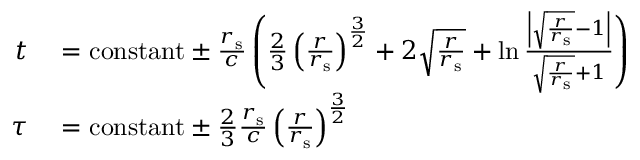
\begin{array} { r l } { t } & { { } = { \mathrm { c o n s t a n t } } \pm { \frac { r _ { \mathrm { { s } } } } { c } } \left( { \frac { 2 } { 3 } } \left( { \frac { r } { r _ { \mathrm { { s } } } } } \right) ^ { \frac { 3 } { 2 } } + 2 { \sqrt { \frac { r } { r _ { \mathrm { { s } } } } } } + \ln { \frac { \left| { \sqrt { \frac { r } { r _ { \mathrm { { s } } } } } } - 1 \right| } { { \sqrt { \frac { r } { r _ { \mathrm { { s } } } } } } + 1 } } \right) } \\ { \tau } & { { } = { \mathrm { c o n s t a n t } } \pm { \frac { 2 } { 3 } } { \frac { r _ { \mathrm { { s } } } } { c } } \left( { \frac { r } { r _ { \mathrm { { s } } } } } \right) ^ { \frac { 3 } { 2 } } } \end{array}